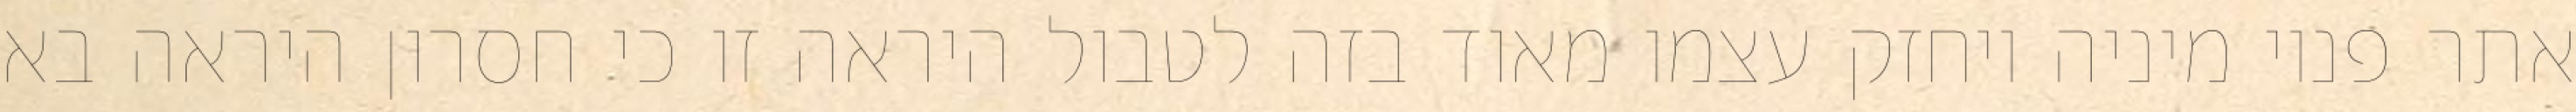
אתר פנוי מיניה ויחזק עצמו מאוד בזה לטבול היראה זו כי חסרון היראה בא